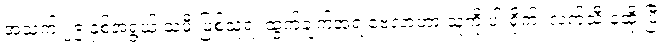
အသက် ၂၉ နှစ်အရွယ် သမီးဖြစ်သူရဲ့ ထွက်ချက်အရ ဗေလာဟာ သူ့ကို ပါးရိုက်၊ လက်သီးနဲ့ထိုးပြီး